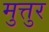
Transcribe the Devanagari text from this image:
मुत्तुर